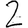
Digit: 2